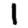
Digit: 1